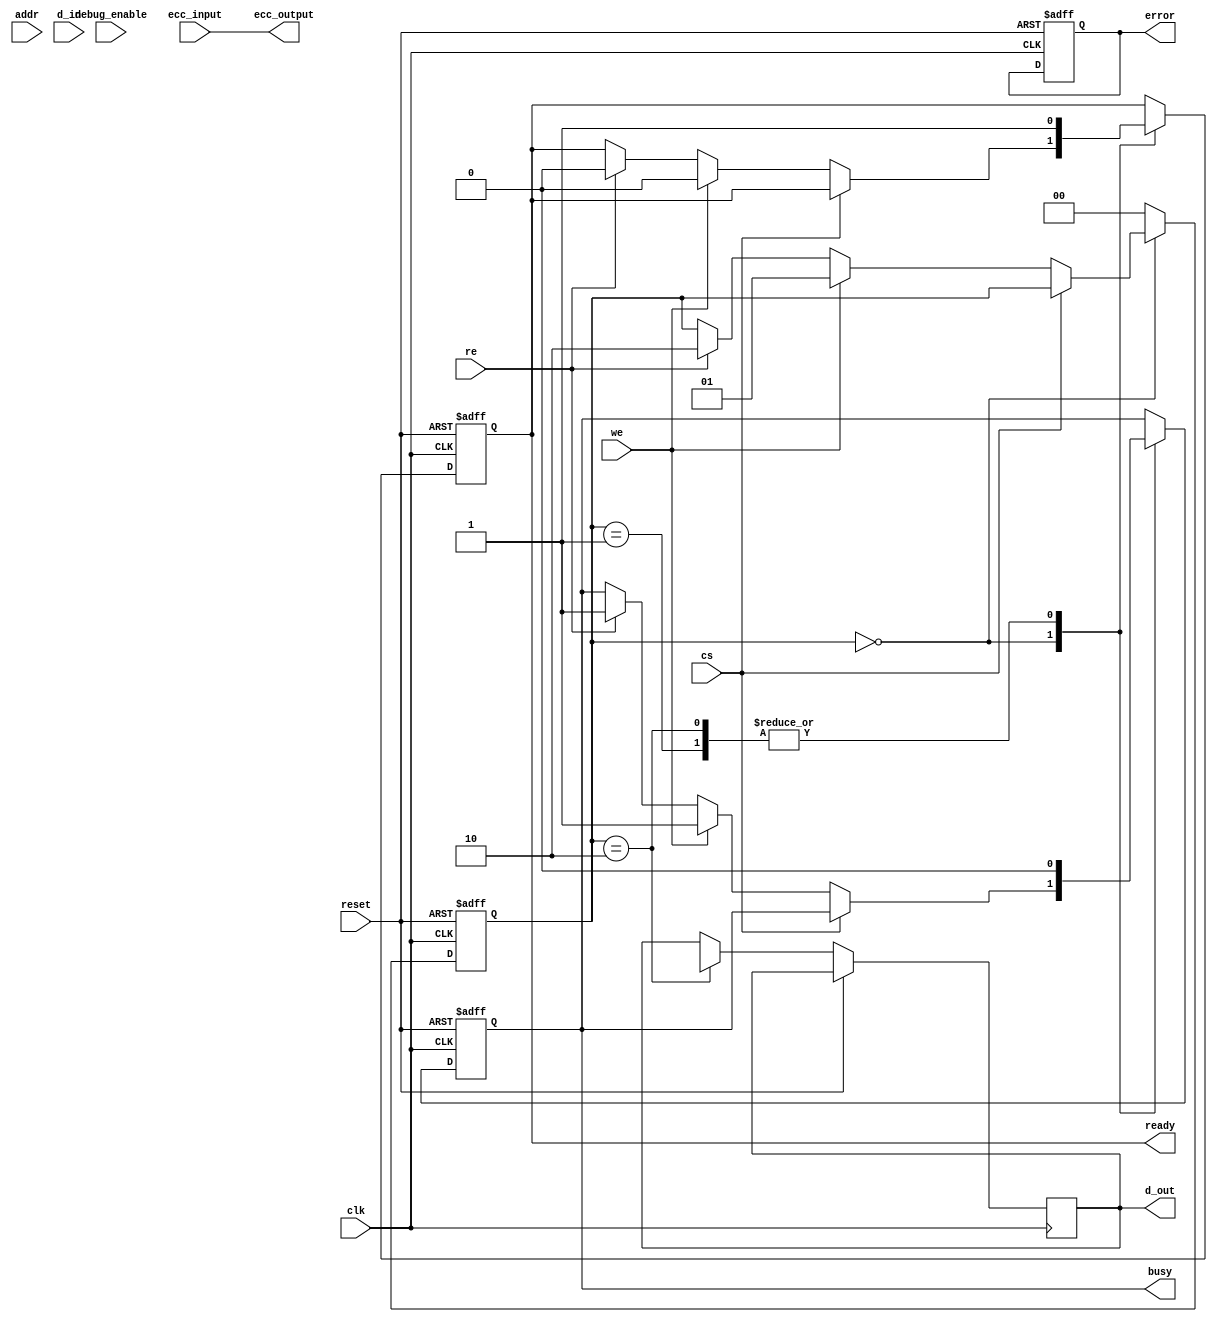
module io_block(
    input wire clk,                 // Main clock
    input wire reset,               // Reset signal
    
    // Control signals
    input wire cs,                  // Chip Select
    input wire we,                  // Write Enable
    input wire re,                  // Read Enable
    
    // Address lines
    input wire [N-1:0] addr,        // Address bus
    input wire [D-1:0] d_in,        // Data input
    output reg [D-1:0] d_out,       // Data output
    output reg busy,                // Busy status
    output reg ready,               // Ready status
    output reg error,               // Error status

    // ECC Interface
    input wire [E-1:0] ecc_input,   // ECC input for error checking
    output wire [E-1:0] ecc_output,  // ECC output after correction

    // Signal Conditioning interfaces
    // You can add more signals for level shifting, pull-ups, etc.
    
    // Debugging Interfaces
    input wire debug_enable          // Enable test/debug interface
);

parameter N = 8;                    // Number of address lines
parameter D = 8;                    // Number of data lines
parameter E = 4;                    // Number of ECC bits

reg [D-1:0] data_latch;             // Input Latch
reg [D-1:0] output_latch;           // Output Latch
reg [1:0] state;                    // State machine for control
parameter IDLE = 2'b00, WRITE = 2'b01, READ = 2'b10;

// Command decoder
always @(posedge clk or posedge reset) begin
    if (reset) begin
        state <= IDLE;
        busy <= 1'b0;
        ready <= 1'b1;
        error <= 1'b0;
    end else begin
        case(state)
            IDLE: begin
                if (!cs) begin  // If CS is active
                    if (we) begin  // Write command
                        state <= WRITE;
                        busy <= 1'b1;
                        ready <= 1'b0;
                        data_latch <= d_in; // Capture incoming data
                    end else if (re) begin // Read command
                        state <= READ;
                        busy <= 1'b1;
                        ready <= 1'b0;
                    end
                end
            end

            WRITE: begin
                // Perform write operation to memory (stubbed)
                // Memory write code goes here 
                // After write operation
                busy <= 1'b0;
                ready <= 1'b1;
                state <= IDLE; // Return to idle state
            end

            READ: begin
                // Perform read operation from memory (stubbed)
                // Memory read code goes here
                d_out <= output_latch; // Send output
                busy <= 1'b0;
                ready <= 1'b1;
                state <= IDLE; // Return to idle state
            end

            default: state <= IDLE;
        endcase
    end
end

// ECC Handling Stub
// Implement your ECC logic here to connect to your ECC hardware if available.
assign ecc_output = ecc_input; // Simple pass-through for stub

// Signal conditioning logic can be added here as needed.

// Test and Debug Interface
// Implement your debug features (e.g., boundary scan, BIST) here.

endmodule